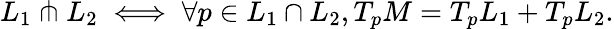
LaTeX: L_{1}\pitchfork L_{2}\iff\forall p\in L_{1}\cap L_{2},T_{p}M=T_{p}L_{1}+T_{p}L_{2}.